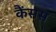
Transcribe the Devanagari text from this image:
कैंसस